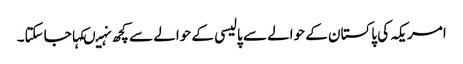
امریکہ کی پاکستان کے حوالے سے پالیسی کے حوالے سے کچھ نہیںکہاجاسکتا۔